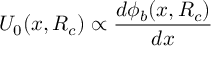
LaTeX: { \cal U } _ { 0 } ( x , R _ { c } ) \propto \frac { d \phi _ { b } ( x , R _ { c } ) } { d x }